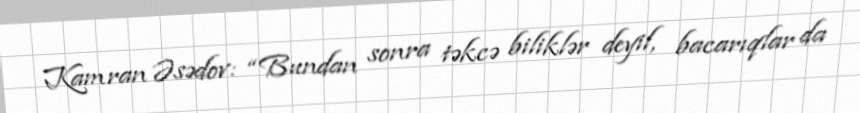
Kamran Əsədov: “Bundan sonra təkcə biliklər deyil, bacarıqlar da